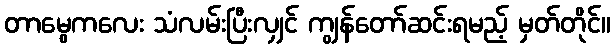
တာမွေကလေး သံလမ်းပြီးလျှင် ကျွန်တော်ဆင်းရမည့် မှတ်တိုင်။